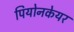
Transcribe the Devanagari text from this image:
पियोनकेयर